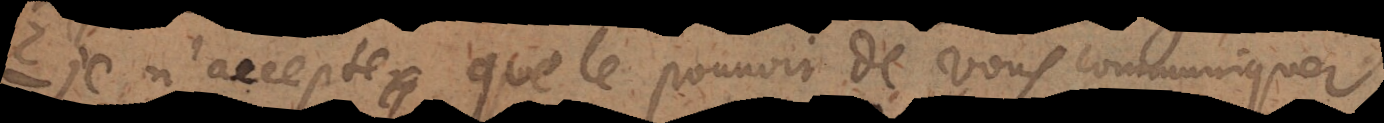
Je n’accepte que le pouvoir de vous communiquer